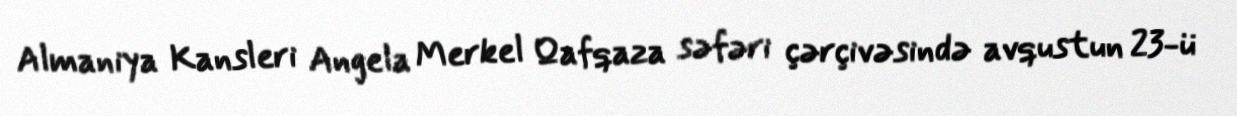
Almaniya Kansleri Angela Merkel Qafqaza səfəri çərçivəsində avqustun 23-ü